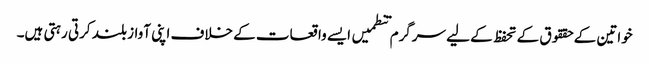
خواتین کے حققوق کے تحفظ کے لیے سرگرم تنطمیں ایسے واقعات کے خلاف اپنی آواز بلند کرتی رہتی ہیں۔